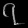
Digit: ၇